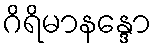
ဂိရိမာနန္ဒော